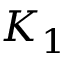
K _ { 1 }